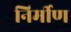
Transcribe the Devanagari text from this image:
निर्मीण